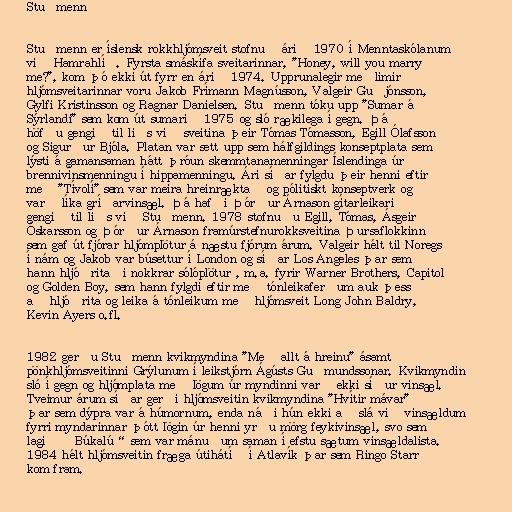
Stuðmenn

Stuðmenn er íslensk rokkhljómsveit stofnuð árið 1970 í Menntaskólanum
við Hamrahlíð. Fyrsta smáskífa sveitarinnar, "Honey, will you marry
me?", kom þó ekki út fyrr en árið 1974. Upprunalegir meðlimir
hljómsveitarinnar voru Jakob Frímann Magnússon, Valgeir Guðjónsson,
Gylfi Kristinsson og Ragnar Danielsen. Stuðmenn tóku upp "Sumar á
Sýrlandi" sem kom út sumarið 1975 og sló rækilega í gegn. Þá
höfðu gengið til liðs við sveitina þeir Tómas Tómasson, Egill Ólafsson
og Sigurður Bjóla. Platan var sett upp sem hálfgildings konseptplata sem
lýsti á gamansaman hátt þróun skemmtanamenningar Íslendinga úr
brennivínsmenningu í hippamenningu. Ári síðar fylgdu þeir henni eftir
með "Tívolí" sem var meira hreinræktað og pólitískt konseptverk og
varð líka gríðarvinsæl. Þá hafði Þórður Árnason gítarleikari
gengið til liðs við Stuðmenn. 1978 stofnuðu Egill, Tómas, Ásgeir
Óskarsson og Þórður Árnason framúrstefnurokksveitina Þursaflokkinn
sem gaf út fjórar hljómplötur á næstu fjórum árum. Valgeir hélt til Noregs
í nám og Jakob var búsettur í London og síðar Los Angeles þar sem
hann hljóðritaði nokkrar sólóplötur , m.a. fyrir Warner Brothers, Capitol
og Golden Boy, sem hann fylgdi eftir með tónleikaferðum auk þess
að hljóðrita og leika á tónleikum með hljómsveit Long John Baldry,
Kevin Ayers o.fl.

1982 gerðu Stuðmenn kvikmyndina "Með allt á hreinu" ásamt
pönkhljómsveitinni Grýlunum í leikstjórn Ágústs Guðmundssonar. Kvikmyndin
sló í gegn og hljómplata með lögum úr myndinni varð ekki síður vinsæl.
Tveimur árum síðar gerði hljómsveitin kvikmyndina "Hvítir mávar"
þar sem dýpra var á húmornum, enda náði hún ekki að slá við vinsældum
fyrri myndarinnar þótt lögin úr henni yrðu mörg feykivinsæl, svo sem
lagið „Búkalú“ sem var mánuðum saman í efstu sætum vinsældalista.
1984 hélt hljómsveitin fræga útihátíð í Atlavík þar sem Ringo Starr
kom fram.